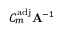
C _ { m } ^ { \mathrm { a d j } } \mathbf { A } ^ { - 1 }